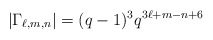
\begin{align*} |\Gamma_{\ell,m,n}|=(q-1)^3q^{3\ell+m-n+6} \end{align*}